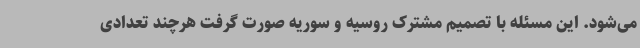
می‌شود. این مسئله با تصمیم مشترک روسیه و سوریه صورت گرفت هرچند تعدادی